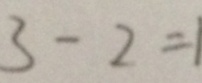
3 - 2 = 1